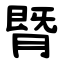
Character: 䐴